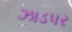
ઝાડપર